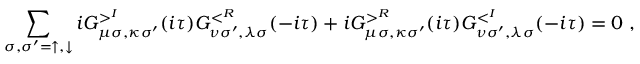
\sum _ { \sigma , \sigma ^ { \prime } = \uparrow , \downarrow } i G _ { \mu \sigma , \kappa \sigma ^ { \prime } } ^ { > ^ { I } } ( i \tau ) G _ { \nu \sigma ^ { \prime } , \lambda \sigma } ^ { < ^ { R } } ( - i \tau ) + i G _ { \mu \sigma , \kappa \sigma ^ { \prime } } ^ { > ^ { R } } ( i \tau ) G _ { \nu \sigma ^ { \prime } , \lambda \sigma } ^ { < ^ { I } } ( - i \tau ) = 0 \; ,